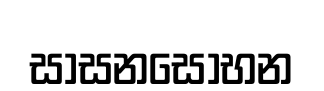
සාසනසෝභන